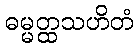
ဓမ္မတ္ထသဟိတံ